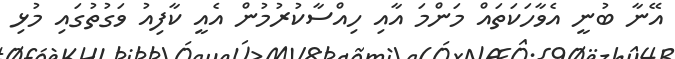
އޭނާ ބުނީ އެވާހަކަތައް މަންމަ އާއި ހިއްސާކުރުމުން އެއީ ކާފިއު ވަގުތުގައި މުޅި